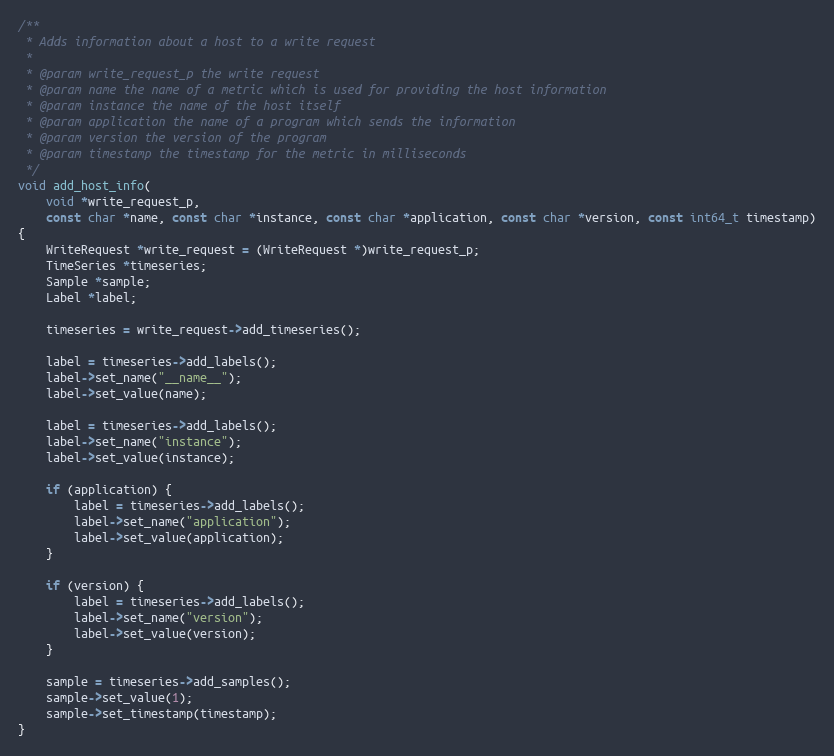
Language: C++
/**
 * Adds information about a host to a write request
 *
 * @param write_request_p the write request
 * @param name the name of a metric which is used for providing the host information
 * @param instance the name of the host itself
 * @param application the name of a program which sends the information
 * @param version the version of the program
 * @param timestamp the timestamp for the metric in milliseconds
 */
void add_host_info(
    void *write_request_p,
    const char *name, const char *instance, const char *application, const char *version, const int64_t timestamp)
{
    WriteRequest *write_request = (WriteRequest *)write_request_p;
    TimeSeries *timeseries;
    Sample *sample;
    Label *label;

    timeseries = write_request->add_timeseries();

    label = timeseries->add_labels();
    label->set_name("__name__");
    label->set_value(name);

    label = timeseries->add_labels();
    label->set_name("instance");
    label->set_value(instance);

    if (application) {
        label = timeseries->add_labels();
        label->set_name("application");
        label->set_value(application);
    }

    if (version) {
        label = timeseries->add_labels();
        label->set_name("version");
        label->set_value(version);
    }

    sample = timeseries->add_samples();
    sample->set_value(1);
    sample->set_timestamp(timestamp);
}